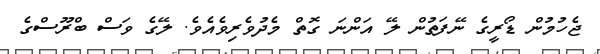
ޖެހުމުން ޑޯރީގެ ނޭފަތުން ލޭ އަންނަ ގޮތް މެދުވެރިވެއެވެ. ލޭގެ ވަސް ބްރޫސްގެ